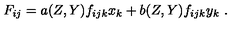
F _ { i j } = a ( Z , Y ) f _ { i j k } x _ { k } + b ( Z , Y ) f _ { i j k } y _ { k } \ .